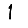
Digit: 1